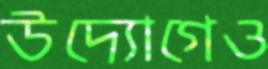
উদ্যোগেও